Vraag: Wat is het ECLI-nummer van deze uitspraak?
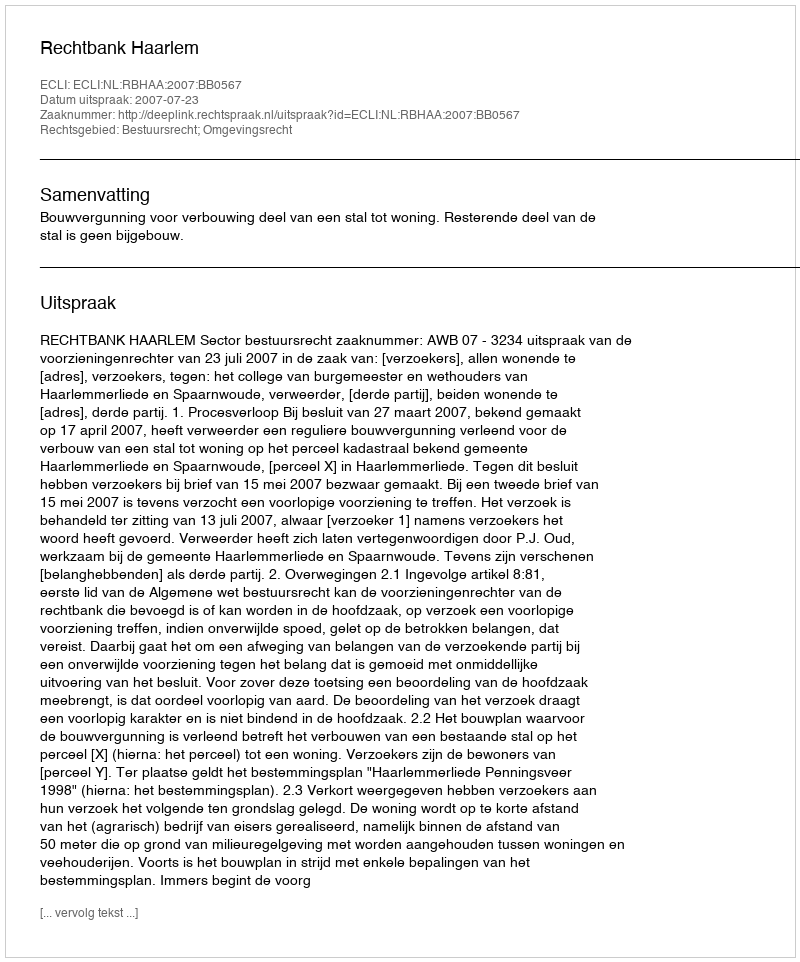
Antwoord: ECLI:NL:RBHAA:2007:BB0567